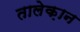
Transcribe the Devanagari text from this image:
तालेक़ान